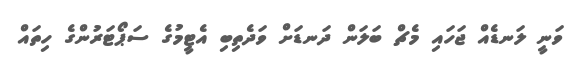
ވަނީ ލަނޑެއް ޖަހައި މެޗް ބަލަން ދަނޑަށް ވަދެތިބި އެޓީމުގެ ސަޕޯޓަރުންގެ ހިތައް